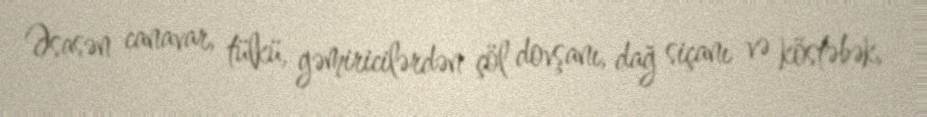
Əsasən canavar, tülkü, gəmiricilərdən çöl dovşanı, dağ siçanı və köstəbək,